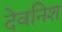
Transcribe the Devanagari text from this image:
देवनिश